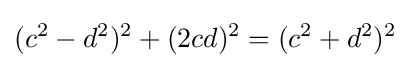
(c^{2}-d^{2})^{2}+(2cd)^{2}=(c^{2}+d^{2})^{2}